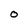
Character: O